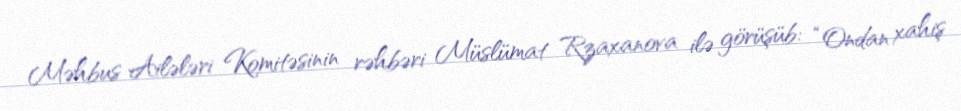
Məhbus Ailələri Komitəsinin rəhbəri Müslümat Rzaxanova ilə görüşüb: “Ondan xahiş